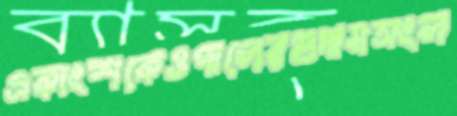
একাংশকেওপালেরগুদামসংল